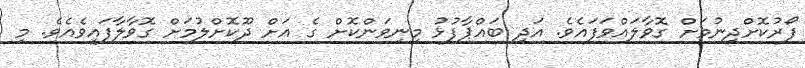
ފޯރުކޮށްދިނުމަށް ގޮވާލައްވަފައެވެ. އަދި ބައްޕާފުޅު މިނިވަންކޮށް ގެ އަށް ދޫކޮށްލުމަށް ގޮވާލާފައިވެއެވެ. މި